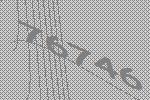
76746